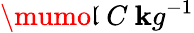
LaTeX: \mumo\mathfrak{l}~C~\mathbf{k}g^{-1}